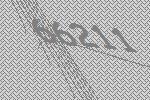
66211